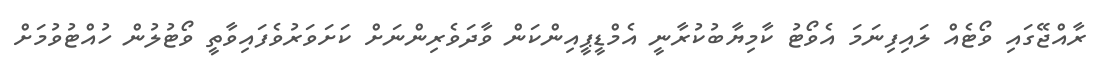
ރާއްޖޭގައި ވޯޓެއް ލައިފިނަމަ އެވޯޓު ކާމިޔާބުކުރާނީ އެމްޑީޕީއިންކަން ވާދަވެރިންނަށް ކަށަވަރުވެފައިވާތީ ވޯޓުލުން ހުއްޓުވުމަށް